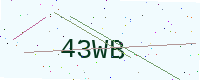
Text: 43WB